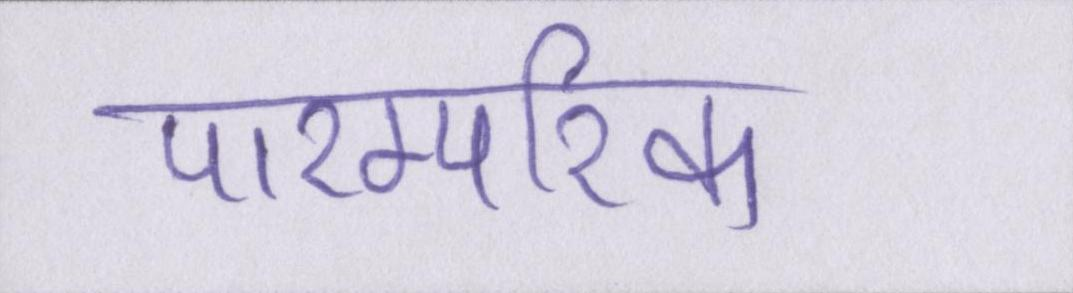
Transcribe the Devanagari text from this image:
पारम्परिक